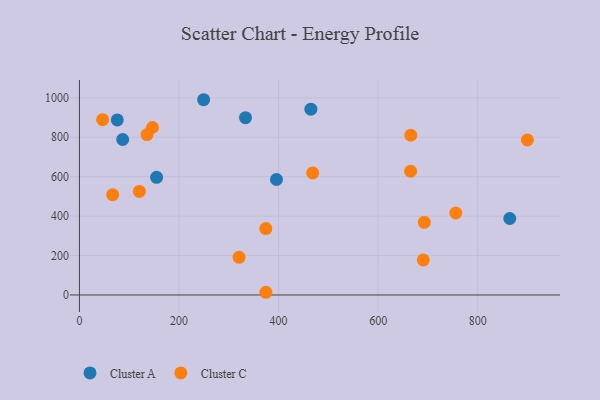
{"axis": {"x": "Speed", "y": "Demand"}, "legend": ["Cluster A", "Cluster C"], "data": [{"x": "464.9", "y": 942.7, "type": "Cluster A"}, {"x": "155.0", "y": 596.9, "type": "Cluster A"}, {"x": "76.0", "y": 888.0, "type": "Cluster A"}, {"x": "864.4", "y": 387.9, "type": "Cluster A"}, {"x": "395.8", "y": 585.9, "type": "Cluster A"}, {"x": "249.5", "y": 990.5, "type": "Cluster A"}, {"x": "333.6", "y": 899.4, "type": "Cluster A"}, {"x": "86.9", "y": 788.7, "type": "Cluster A"}, {"x": "120.4", "y": 525.5, "type": "Cluster C"}, {"x": "665.6", "y": 810.3, "type": "Cluster C"}, {"x": "374.5", "y": 336.8, "type": "Cluster C"}, {"x": "66.8", "y": 508.9, "type": "Cluster C"}, {"x": "899.8", "y": 786.8, "type": "Cluster C"}, {"x": "374.6", "y": 13.7, "type": "Cluster C"}, {"x": "468.6", "y": 619.0, "type": "Cluster C"}, {"x": "692.7", "y": 368.4, "type": "Cluster C"}, {"x": "320.6", "y": 191.0, "type": "Cluster C"}, {"x": "690.7", "y": 177.7, "type": "Cluster C"}, {"x": "756.0", "y": 415.8, "type": "Cluster C"}, {"x": "665.2", "y": 627.7, "type": "Cluster C"}, {"x": "46.6", "y": 889.2, "type": "Cluster C"}, {"x": "146.7", "y": 849.5, "type": "Cluster C"}, {"x": "135.9", "y": 813.8, "type": "Cluster C"}]}